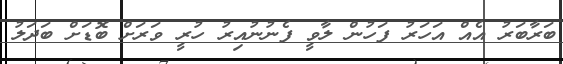
ބަރާބަރު އެއް އަހަރު ފަހުން ލާވީ ފެނުނުއިރު ހުރީ ވަރަށް ބޮޑަށް ބަދަލު